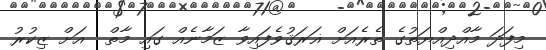
މިފަދަ މާއްދިއްޔަތުގެ ތެރެއަށް ޣަރަޤުވެފައިވާ ޒަމާނެއް ގައި މާތް  އަށް ޒިކުރު